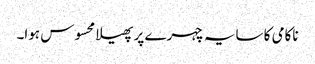
ناکامی کا سایہ چہرے پر پھیلا محسوس ہوا۔